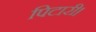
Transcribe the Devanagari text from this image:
पिटारी।